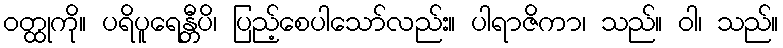
ဝတ္ထုကို။ ပရိပူရေန္တီပိ၊ ပြည့်စေပါသော်လည်း။ ပါရာဇိကာ၊ သည်။ ဝါ၊ သည်။